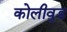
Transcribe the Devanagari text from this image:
कोलीवुड